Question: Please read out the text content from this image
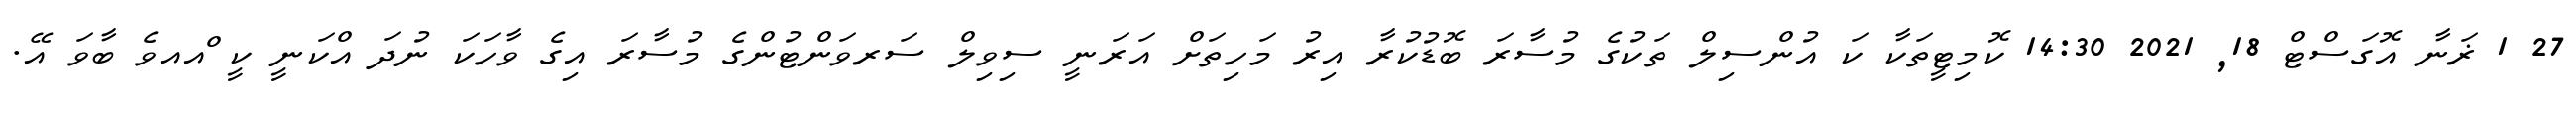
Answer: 27 1 ޜަނާ އޮގަސްޓް 18, 2021 14:30 ކޮމިޓީތަކާ ކަ އުންސިލް ތަކުގެ މުސާރަ ބޮޑުކުރާ އިރު މަހިތަށް އަރަނީ ސިވިލް ސަރވަންޓުންގެ މުސާރަ އިގެ ވާހަކަ ނުދަ އްކަނީ ކީ ްއއވެ ބާވަ އޭ.